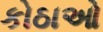
કોઠાઓ